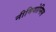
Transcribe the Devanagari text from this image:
नीमियोप्सिस